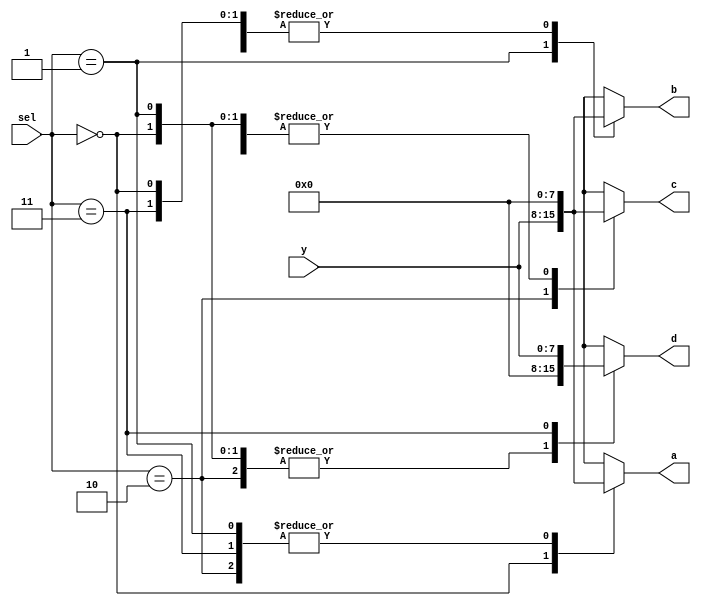
module demux_nbit_x4
# (parameter BUS_WIDTH = 8)
(
    input [BUS_WIDTH-1:0] y,
    input [1:0] sel,
    output reg [BUS_WIDTH-1:0] a,
    output reg [BUS_WIDTH-1:0] b,
    output reg [BUS_WIDTH-1:0] c,
    output reg [BUS_WIDTH-1:0] d
);

    always @(*) begin
        a = 0; b = 0; c = 0; d = 0;
            case(sel)
                2'd0: begin a = y; end
                2'd1 : begin b = y; end
                2'd2 : begin c = y; end
                2'd3 : begin d = y; end
                default: begin a = y; end
            endcase
    end
endmodule